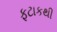
ફટાકથી